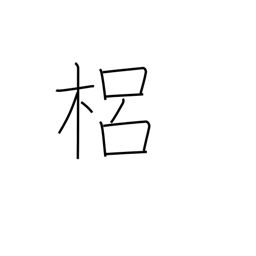
Meaning: a kind of quince